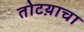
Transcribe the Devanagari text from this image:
तोटय़ाचा